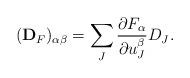
LaTeX: \begin{align*} (\bold{D}_F)_{\alpha\beta}=\sum_J\frac{\partial F_{\alpha}}{\partial u_J^{\beta}}D_J. \end{align*}